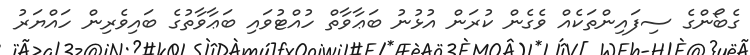
ގެބޯންގެ ސިފައިންތަކެއް ވެގެން ކުރަން އުޅުނު ބަޢާވާތް ހުއްޓުވައި ބަޢާވާތުގެ ބައިވެރިން ހައްޔަރު